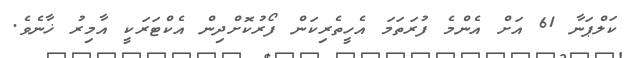
ކަލްޕަނާ 61 އަށް އެންމެ ފުރަތަމަ އެހީތެރިކަން ފޯރުކޮށްދިން އެކްޓަރަކީ އާމިރު ޚާނެވެ.